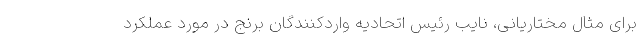
برای مثال مختاریانی، نایب رئیس اتحادیه واردکنندگان برنج در مورد عملکرد